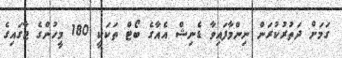
ގަމަށް ދަތުރުކުރަން ނިންމާފައިވާ ޑެނިޝް އެއާގެ ބޯޓް ތަކަކީ 180 މީހުންގެ ޖާގައިގެ